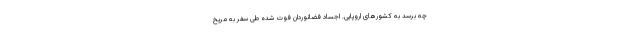
چه برسد به کشورهای اروپایی. اجساد فضانوردان فوت شده طی سفر به مریخ